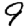
Digit: 9